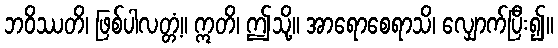
ဘဝိဿတိ၊ ဖြစ်ပါလတ္တံ့။ ဣတိ၊ ဤသို့။ အာရောစေရာသိ၊ လျှောက်ပြီး၍။